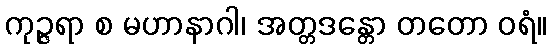
ကုဉ္ဇရာ စ မဟာနာဂါ၊ အတ္တဒန္တော တတော ဝရံ။